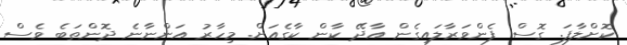
ކޮށްލާފަ. ގޮސް ފެންވަރާލައިގެން އާދޭ ކާން ކާގެއަށް. މިހާރު އަންނާނެ ދޮންތަބެ ވެސް